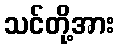
သင်တို့အား